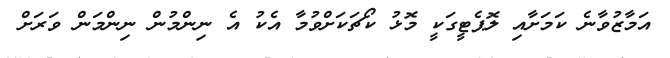
އަމާޒުވާނެ ކަމަށާއި ލޮޕެޓީގަކީ މޮޅު ކޯޗަކަށްވުމާ އެކު އެ ނިންމުން ނިންމަން ވަރަށް